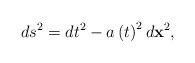
LaTeX: \begin{align*}ds^{2}=dt^{2}-a\left( t\right) ^{2}d\mathbf{x}^{2},\end{align*}